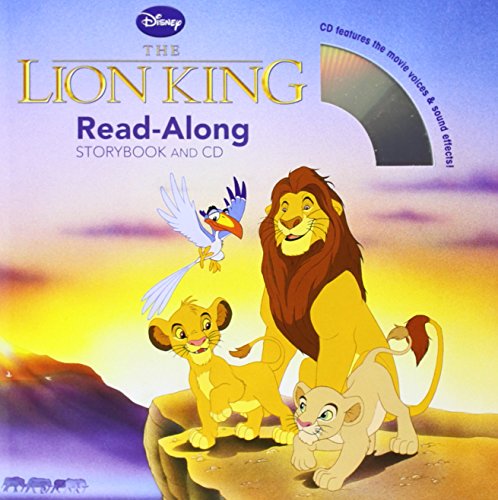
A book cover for The Lion King Read-Along Storybook and CD; Disney Book Group; Children's Books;